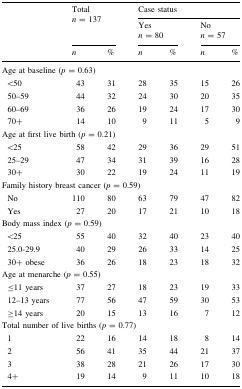
| <ROWSPAN=3>  | <ROWSPAN=2-COLSPAN=2> Totaln = 137 | <COLSPAN=4> Case status |
 | <COLSPAN=2> Yesn = 80 | <COLSPAN=2> Non = 57 |
 | n | % | n | % | n | % |
 | --- | --- | --- | --- | --- | --- | --- |
 | <COLSPAN=7> Age at baseline (p = 0.63) |
 | <50 | 43 | 31 | 28 | 35 | 15 | 26 |
 | 50–59 | 44 | 32 | 24 | 30 | 20 | 35 |
 | 60–69 | 36 | 26 | 19 | 24 | 17 | 30 |
 | 70+ | 14 | 10 | 9 | 11 | 5 | 9 |
 | <COLSPAN=7> Age at first live birth (p = 0.21) |
 | <25 | 58 | 42 | 29 | 36 | 29 | 51 |
 | 25–29 | 47 | 34 | 31 | 39 | 16 | 28 |
 | 30+ | 30 | 22 | 19 | 24 | 11 | 19 |
 | <COLSPAN=7> Family history breast cancer (p = 0.59) |
 | No | 110 | 80 | 63 | 79 | 47 | 82 |
 | Yes | 27 | 20 | 17 | 21 | 10 | 18 |
 | <COLSPAN=7> Body mass index (p = 0.59) |
 | <25 | 55 | 40 | 32 | 40 | 23 | 40 |
 | 25.0-29.9 | 40 | 29 | 26 | 33 | 14 | 25 |
 | 30+ obese | 36 | 26 | 18 | 23 | 18 | 32 |
 | <COLSPAN=7> Age at menarche (p = 0.55) |
 | ≤11 years | 37 | 27 | 18 | 23 | 19 | 33 |
 | 12–13 years | 77 | 56 | 47 | 59 | 30 | 53 |
 | ≥14 years | 20 | 15 | 13 | 16 | 7 | 12 |
 | <COLSPAN=7> Total number of live births (p = 0.77) |
 | 1 | 22 | 16 | 14 | 18 | 8 | 14 |
 | 2 | 56 | 41 | 35 | 44 | 21 | 37 |
 | 3 | 38 | 28 | 21 | 26 | 17 | 30 |
 | 4+ | 19 | 14 | 9 | 11 | 10 | 18 |